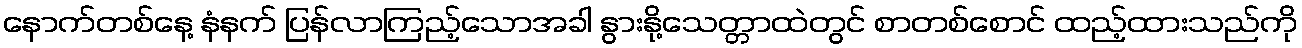
နောက်တစ်နေ့ နံနက် ပြန်လာကြည့်သောအခါ နွားနို့သေတ္တာထဲတွင် စာတစ်စောင် ထည့်ထားသည်ကို